Bréfritari: Ásgeir Tryggvi Friðgeirsson
Viðtakandi: Einar Friðgeirsson
Dagsetning: A-1878-10-06
Skrifað á: Garði  S-Þing.
Ásgeir er bróðir Einars

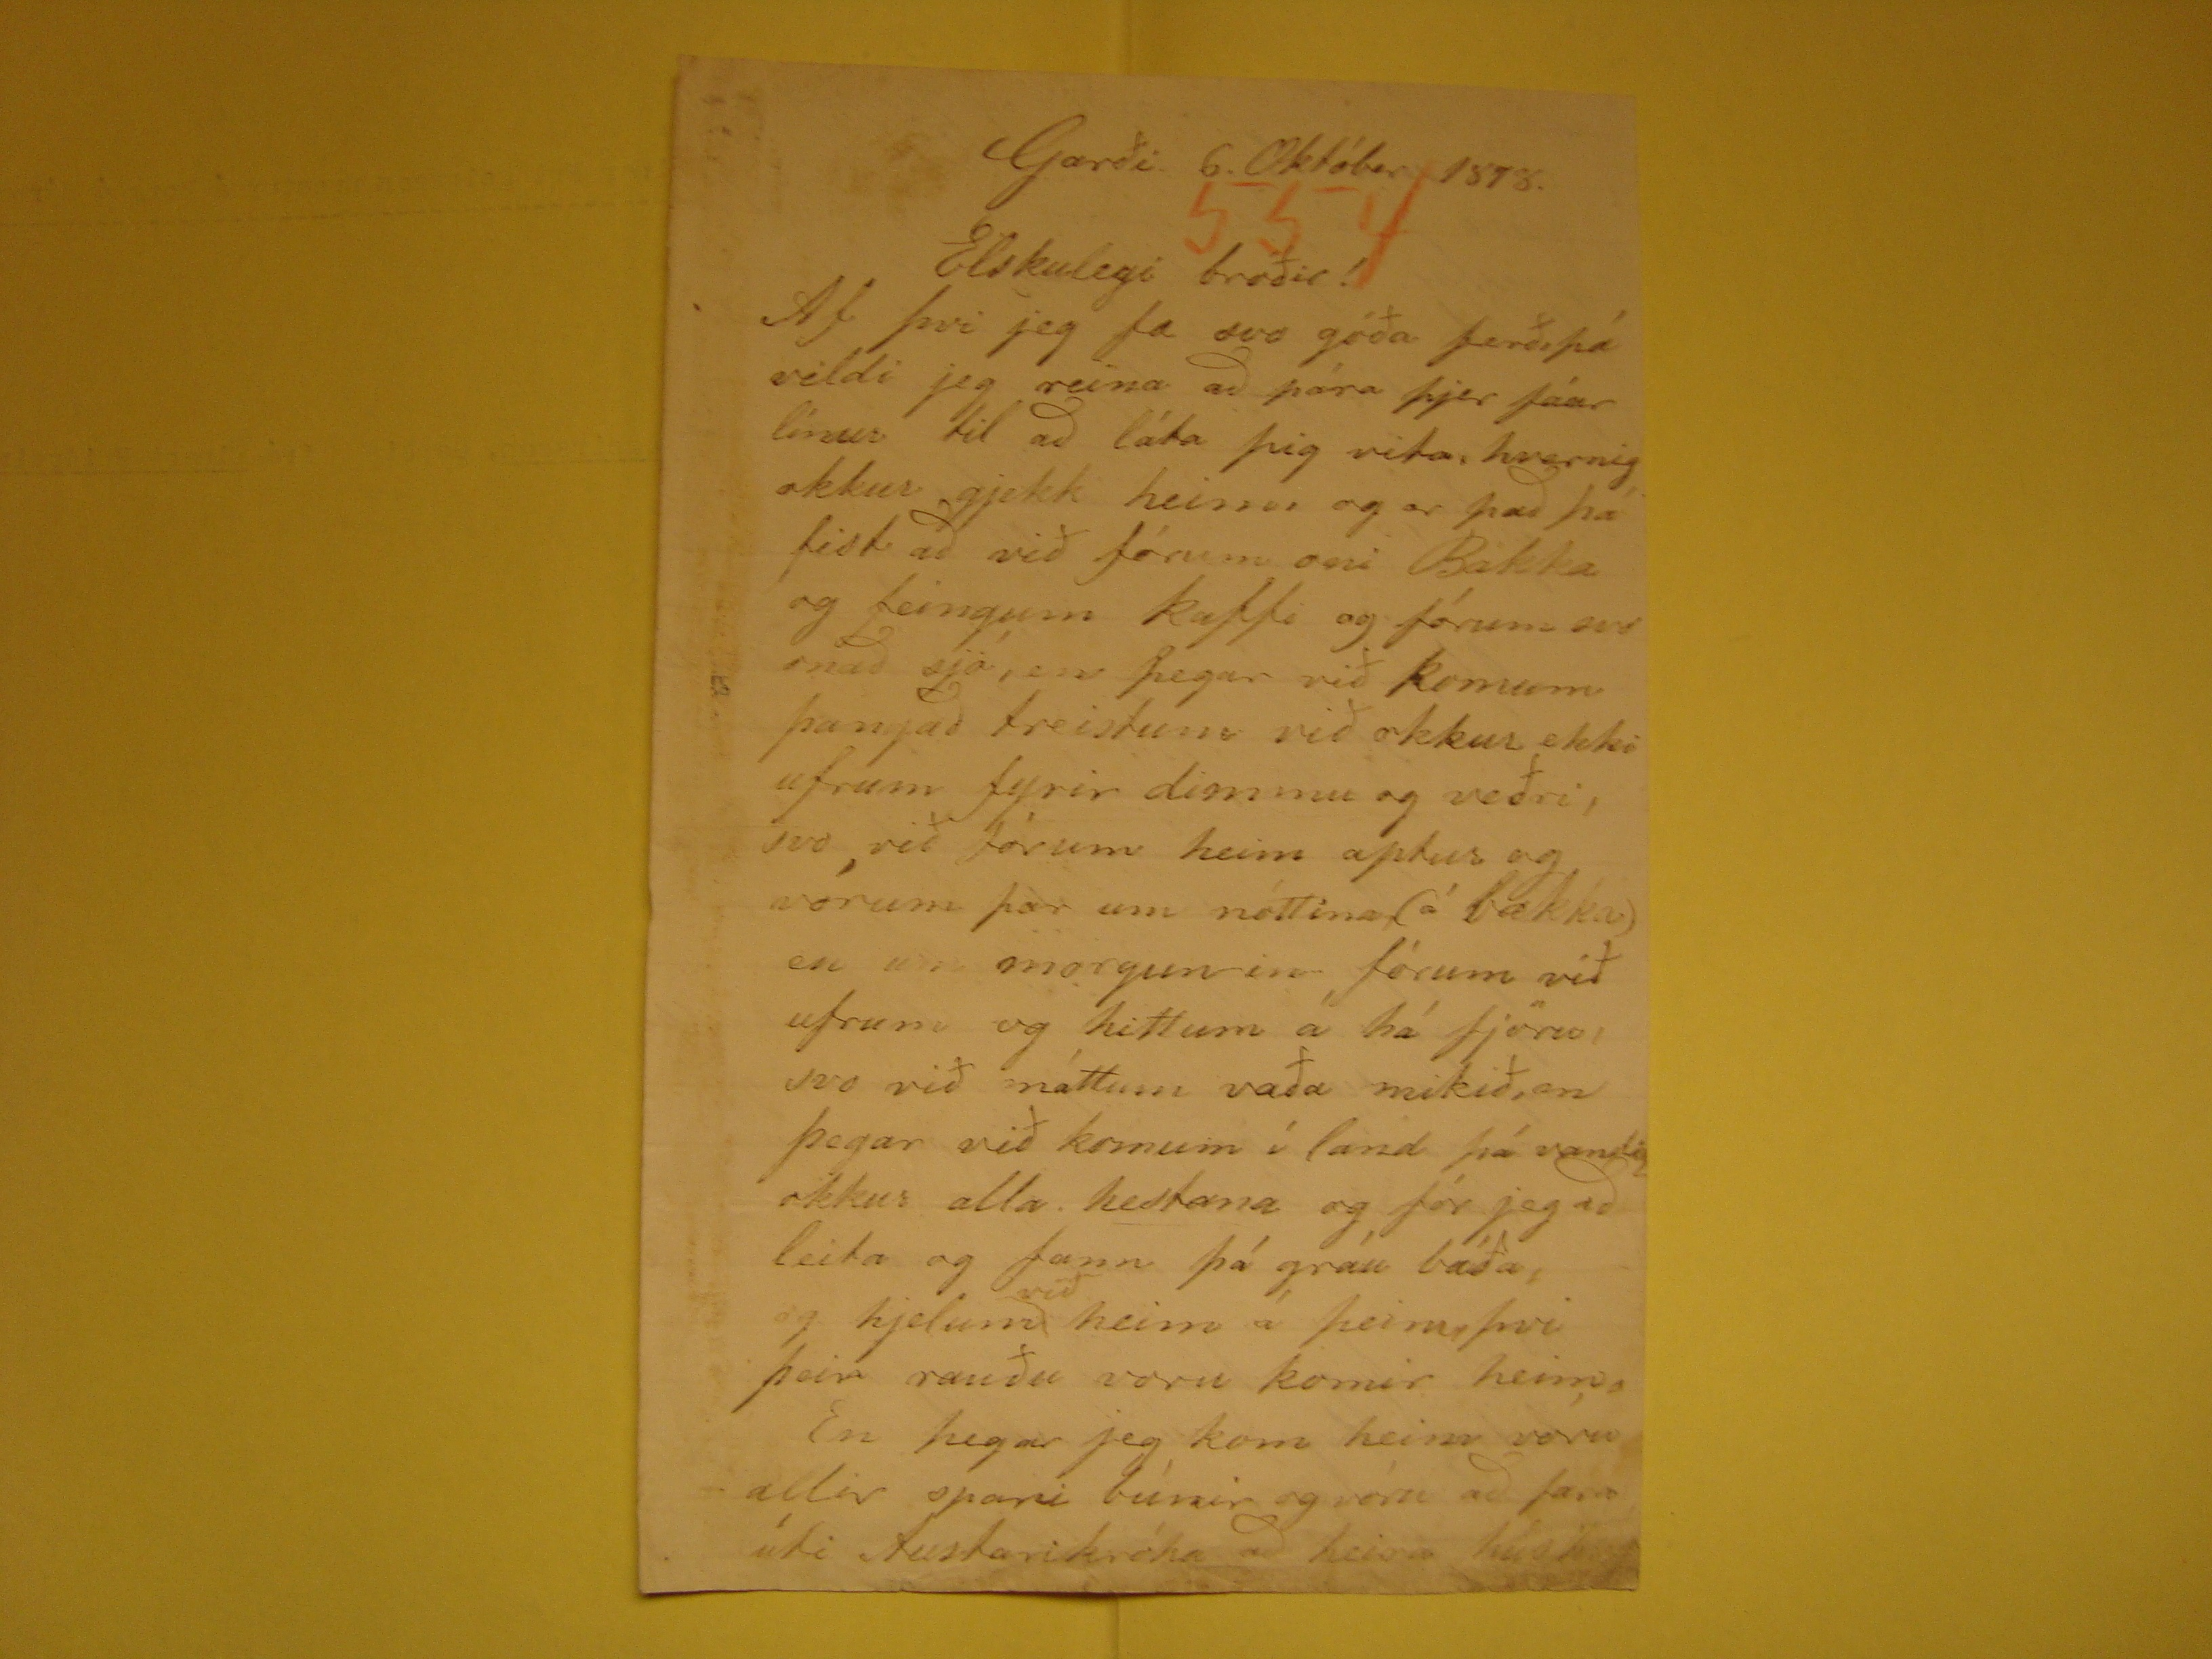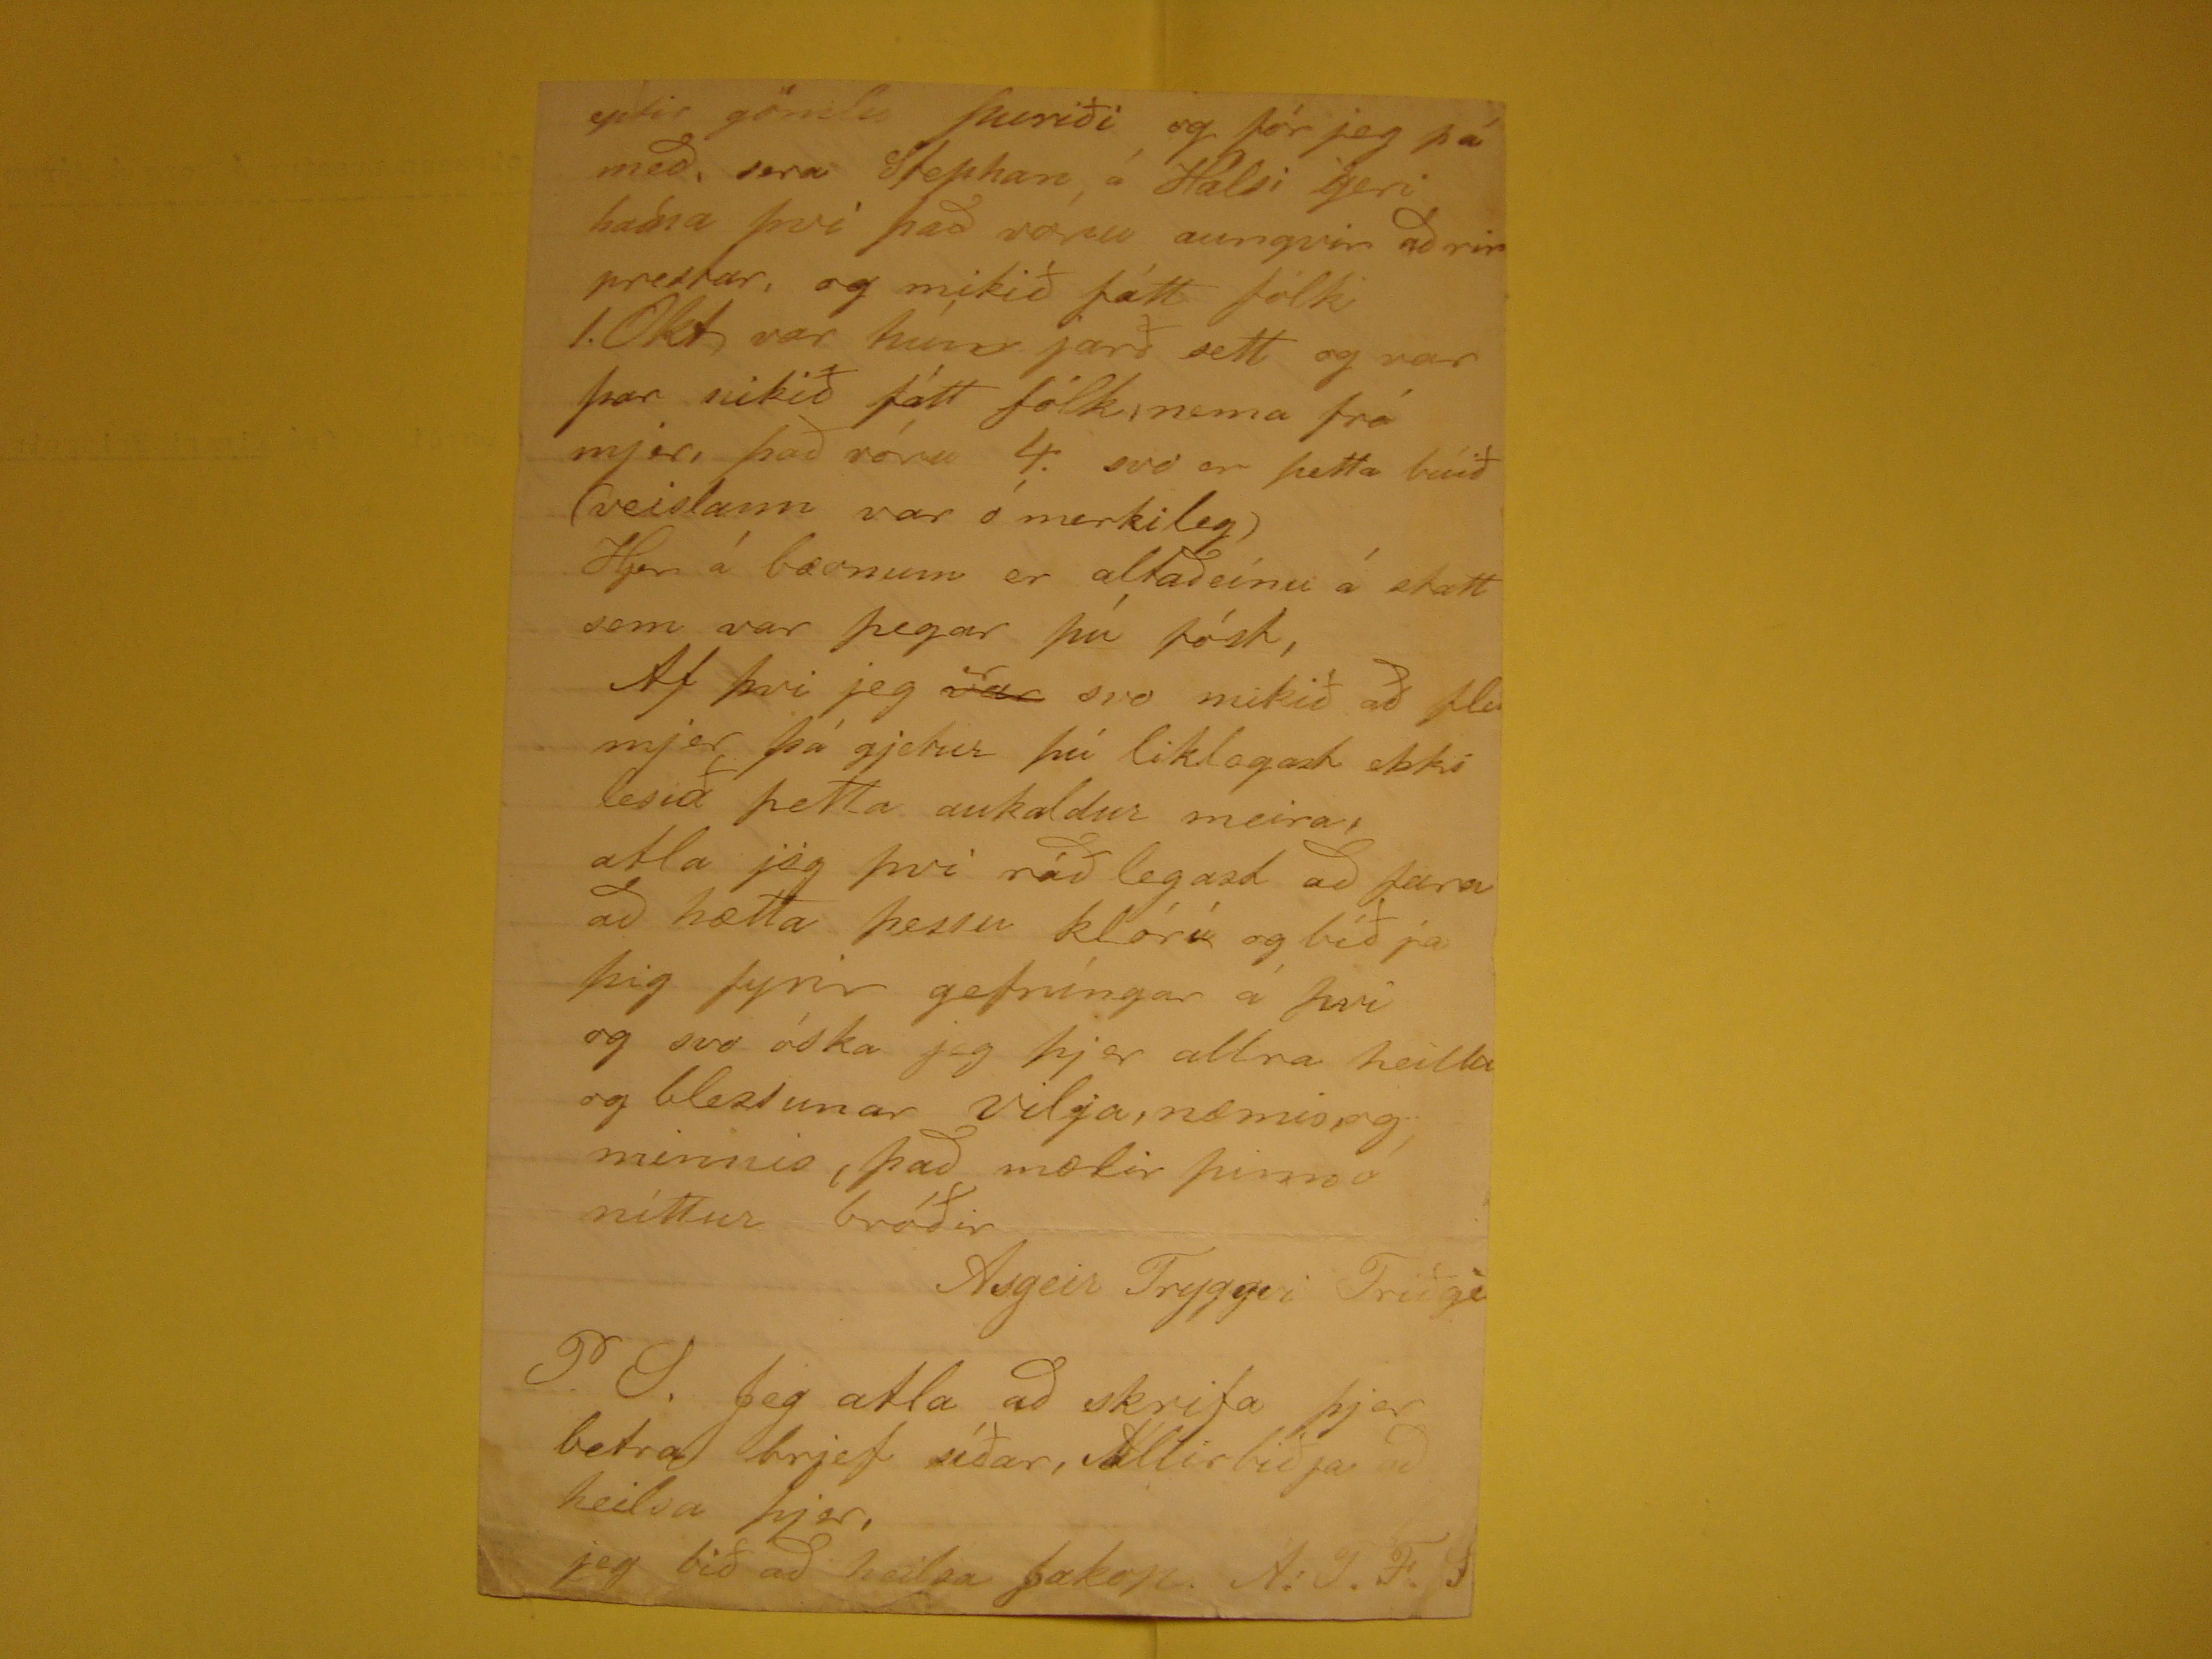

Garði 6. Október 1878.
Elskulegi bróðir!
Af þvi jeg fæ svo góða ferð, þá vildi jeg reina að pára þjer fáar línur til að láta þig vita, hvernig okkur gjekk heim og er það þá fist að við fórum oni Bakka og
feingum kaffi og fórum svo
nað
sjá, en þegar við komum þangað treistum við okkur ekki afram fyrir dimmu og veðri, svo við fórum heim
aptur og vorum þar um nóttina, (á bakka) en um morgun in fórum við ufram og hittum á há fjöru, svo við máttum vaða mikið, en þegar við komum í land þá vandi
okkur alla hestana og fór jeg að leita og fann þá gráu báða, og hjelum
við
heim á þeim, þvi þeir rauðu voru komir
heim. En þegar jeg kom heim vóru allir spari búnir og vóru að vara úti
Austarikróta
að heira
hús??
eptir gömlu Þuríði og fór jeg þá með, sera Stephan, á Halsi geri hana þvi það voru aungvir aðrir prestar, og mikið fátt fólk 1. Okt var hún jarð sett og var þar mikið
fátt fólk, nema frá mjer, það vóru 4. svo er þetta búið (veislann var ó merkileg) Hjer á bæonum er altaðeínu á stætt sem var þegar þú fóst, Af þvi jeg
rend="overstrike">var
er
svo mikið að
fla
mjer þá gjetur þú liklogast ekki lesið þetta
aukaldur meira, atla jeg þvi ráð legast að fara að hætta þessu klóri og bíð ja þig fyrir gefníngar á þvi og svo óska jeg þjer allra heilla og blessunar vilja, næmis, og
minnis, það mælir þinn ó nittur bróðir
Asgeir Tryggvi Friðge
P.S. Jeg atla að skrifa þjer betra brjef síðar, Allir biðja að heilsa þjer, jeg bið að heilsa Jakop. Á.T.F.
F